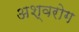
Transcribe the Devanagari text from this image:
अश्वरोग